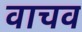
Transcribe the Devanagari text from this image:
वाचव